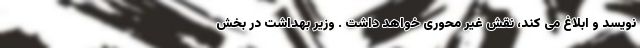
نویسد و ابلاغ می کند، نقش غیر محوری خواهد داشت . وزیر بهداشت در بخش